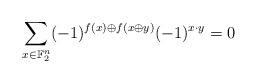
LaTeX: \begin{align*}\sum_{x \in \mathbb F_2^n}(-1)^{f(x) \oplus f(x \oplus y)}(-1)^{x \cdot y} = 0\end{align*}